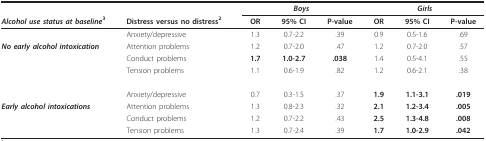
<table><thead><tr><td></td><td></td><td colspan="3"><b><i>Boys</i></b></td><td colspan="3"><b><i>Girls</i></b></td></tr><tr><td><b><i>Alcohol use status at baseline</i><sup>3</sup></b></td><td><b>Distress versus no distress<sup>2</sup></b></td><td><b>OR</b></td><td><b>95% CI</b></td><td><b>P-value</b></td><td><b>OR</b></td><td><b>95% CI</b></td><td><b>P-value</b></td></tr></thead><tbody><tr><td></td><td>Anxiety/depressive</td><td>1.3</td><td>0.7-2.2</td><td>.39</td><td>0.9</td><td>0.5-1.6</td><td>.69</td></tr><tr><td><b><i>No early alcohol intoxication</i></b></td><td>Attention problems</td><td>1.2</td><td>0.7-2.0</td><td>.47</td><td>1.2</td><td>0.7-2.0</td><td>.57</td></tr><tr><td></td><td>Conduct problems</td><td><b>1.7</b></td><td><b>1.0-2.7</b></td><td><b>.038</b></td><td>1.4</td><td>0.5-4.1</td><td>.55</td></tr><tr><td></td><td>Tension problems</td><td>1.1</td><td>0.6-1.9</td><td>.82</td><td>1.2</td><td>0.6-2.1</td><td>.38</td></tr><tr><td></td><td>Anxiety/depressive</td><td>0.7</td><td>0.3-1.5</td><td>.37</td><td><b>1.9</b></td><td><b>1.1-3.1</b></td><td><b>.019</b></td></tr><tr><td><b><i>Early alcohol intoxications</i></b></td><td>Attention problems</td><td>1.3</td><td>0.8-2.3</td><td>.32</td><td><b>2.1</b></td><td><b>1.2-3.4</b></td><td><b>.005</b></td></tr><tr><td></td><td>Conduct problems</td><td>1.2</td><td>0.7-2.2</td><td>.43</td><td><b>2.5</b></td><td><b>1.3-4.8</b></td><td><b>.008</b></td></tr><tr><td></td><td>Tension problems</td><td>1.3</td><td>0.7-2.4</td><td>.39</td><td><b>1.7</b></td><td><b>1.0-2.9</b></td><td><b>.042</b></td></tr></tbody></table>